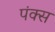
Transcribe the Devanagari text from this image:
पंक्स